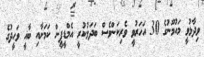
ވިދާޅުވީ މައުމޫނުގެ 30 އަހަރުވީ ވެރިކަންވެސް ބަދަލުކުރީ އެމްޑީޕީން ކަމަށާއި ބާޣީ ވަހީދުގެ